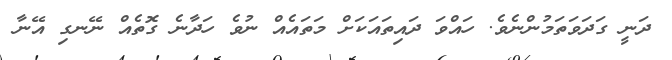
ދަނީ ގަދަވަތަމުންނެވެ. ހައްވަ ދައިތައަކަށް މަތައެއް ނުވެ ހަދާނެ ގޮތެއް ނޭނގި އޭނާ